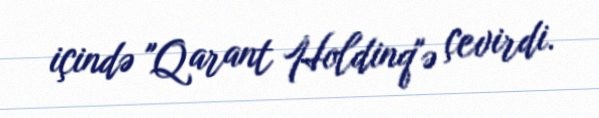
içində "Qarant Holdinq"ə çevirdi.